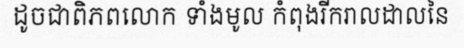
ដូចជាពិភពលោក ទាំងមូល កំពុងរីករាលដាលនៃ